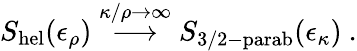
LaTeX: S_{\mathrm{hel}}(\epsilon_{\rho})\stackrel{\kappa/\rho\rightarrow\infty}{\longrightarrow}S_{\mathrm{3/2-parab}}(\epsilon_{\kappa})~.